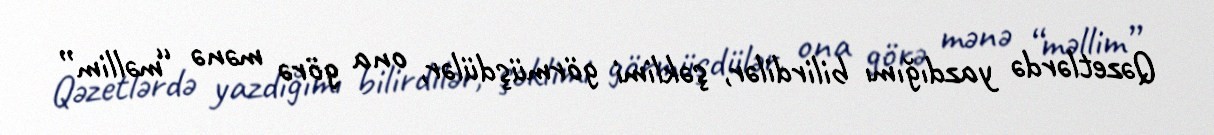
Qəzetlərdə yazdığımı bilirdilər, şəklimi görmüşdülər, ona görə mənə “məllim”